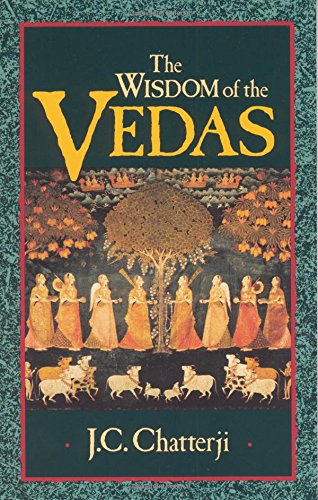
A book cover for The Wisdom of the Vedas (Theosophical Heritage Classics); Jagadish Chatterji; Religion & Spirituality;